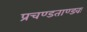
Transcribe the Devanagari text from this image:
प्रचण्डताण्डवः